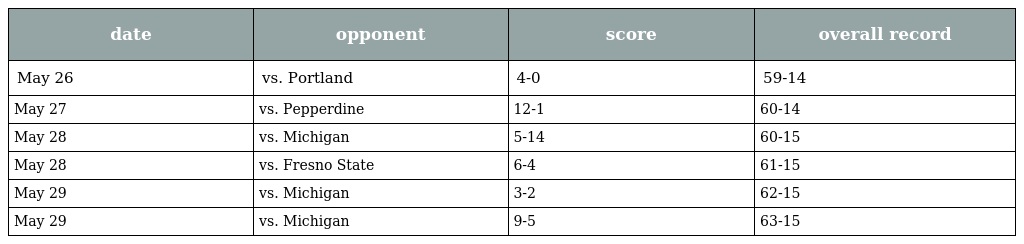
| date | opponent | score | overall record |
 | --- | --- | --- | --- |
 | May 26 | vs. Portland | 4-0 | 59-14 |
 | May 27 | vs. Pepperdine | 12-1 | 60-14 |
 | May 28 | vs. Michigan | 5-14 | 60-15 |
 | May 28 | vs. Fresno State | 6-4 | 61-15 |
 | May 29 | vs. Michigan | 3-2 | 62-15 |
 | May 29 | vs. Michigan | 9-5 | 63-15 |